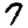
Digit: 7